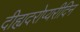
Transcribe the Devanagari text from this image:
दीह्यदरोप्यरीदिन